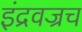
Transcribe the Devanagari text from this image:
इंद्रवज्रच